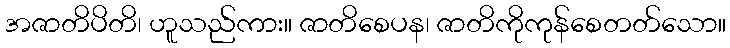
အဇာတိပိတိ၊ ဟူသည်ကား။ ဇာတိစေပန၊ ဇာတိကိုကုန်စေတတ်သော။